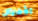
الأفيال